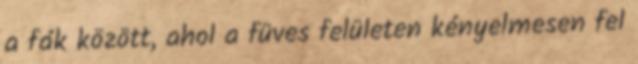
a fák között, ahol a füves felületen kényelmesen fel